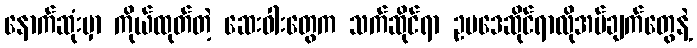
နောက်ဆုံးမှာ ကိုယ်ထုတ်တဲ့ ဆေးဝါးတွေက သက်ဆိုင်ရာ ဥပဒေဆိုင်ရာလိုအပ်ချက်တွေနဲ့